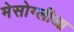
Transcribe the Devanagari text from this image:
मेसोग्लीआ